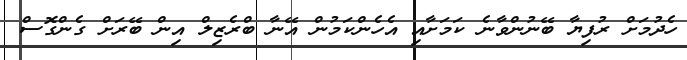
ހެދުމަށް ރުފިޔާ ބޭނުންވާނެ ކަމަށާއި އެހެންކަމުން އޭނާ ބްރެޒިލް އިން ބޭރަށް ގެންގޮސް